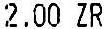
2.00 ZR